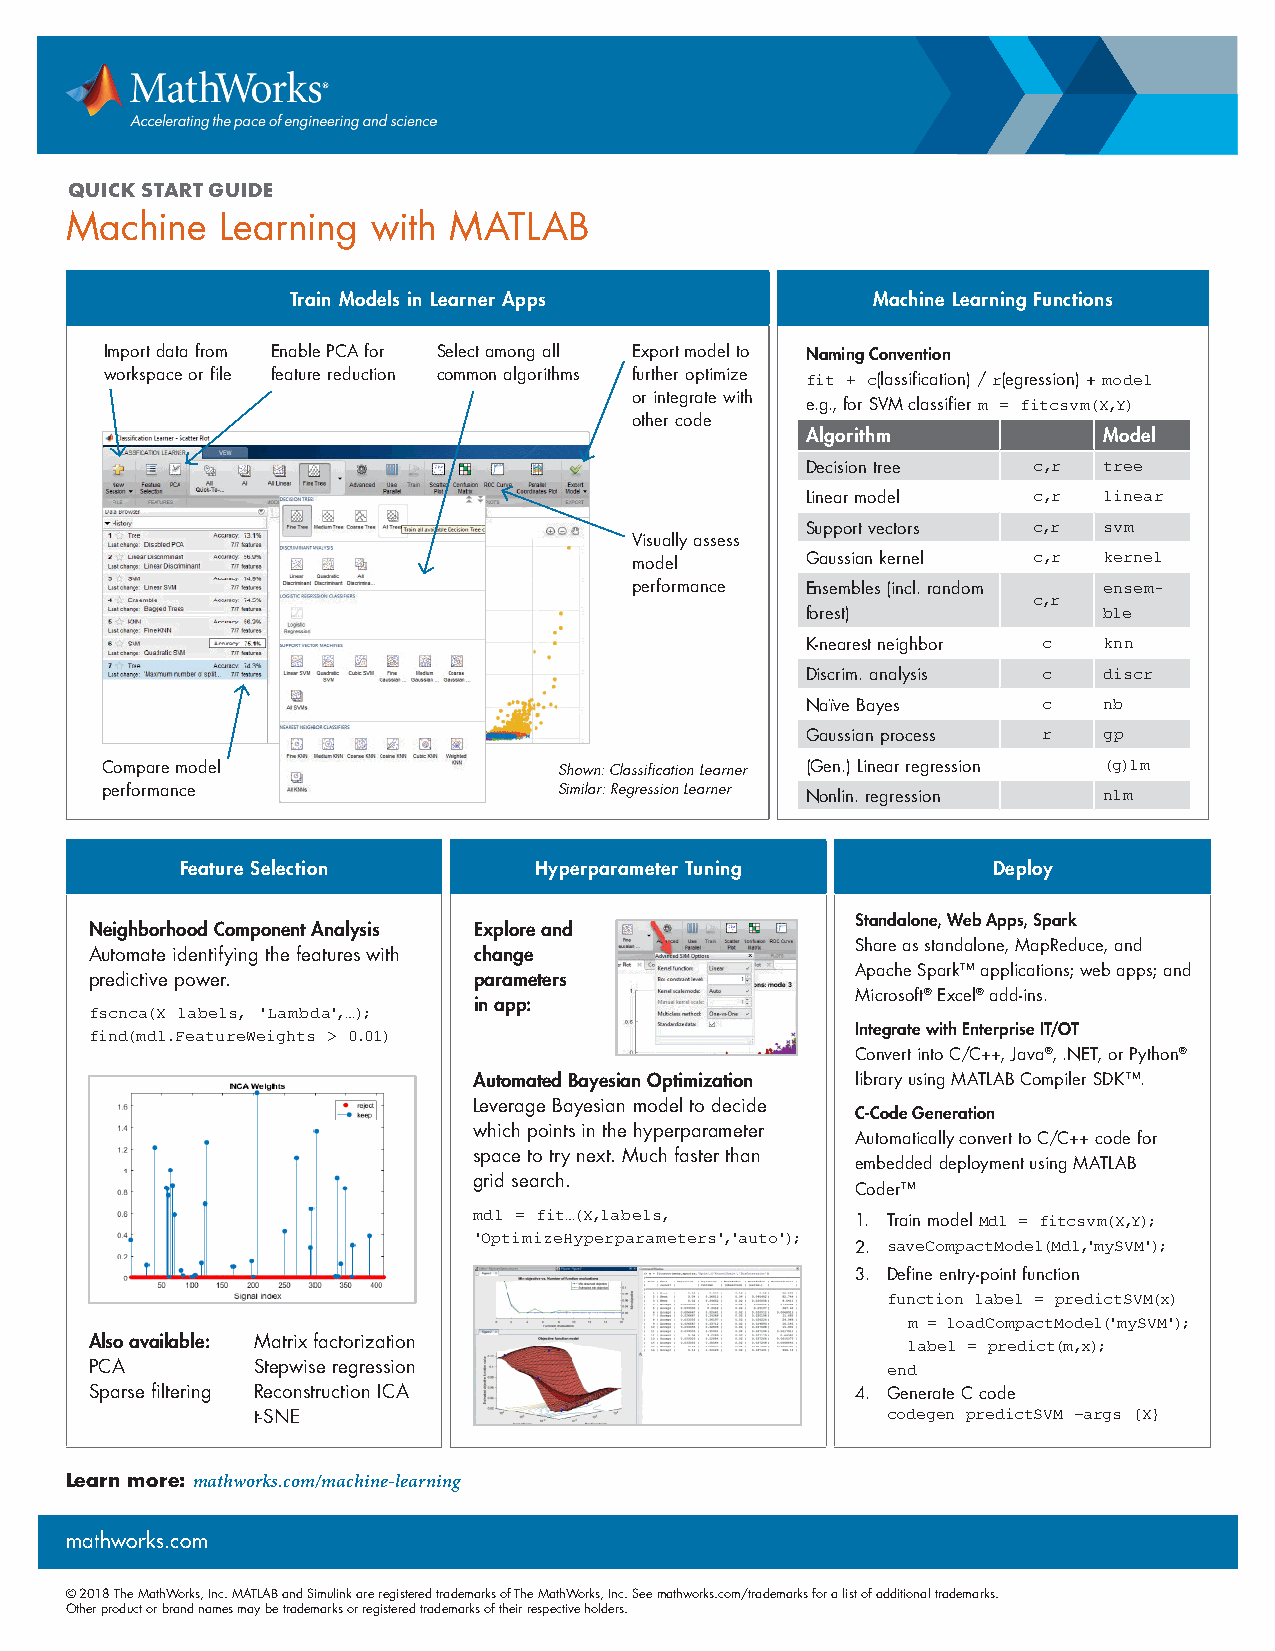
QUICK START GUIDE
 Machine    Learning  with MATLAB
 Train Models in Learner Apps           Machine Learning Functions
 Import data from Enable PCA for Select among all Export model to Naming Convention
 workspace or file feature reduction common algorithms further optimize (lassification) / (egression) +
 fit + c      r      model
 or integrate with
 e.g., for SVM classifier
 m = fitcsvm(X,Y)
 other code
 Algorithm           Model
 Decision tree  c,r  tree
 Linear model   c,r  linear
 Support vectors c,r svm
 Visually assess
 model      Gaussian kernel c,r kernel
 performance Ensembles (incl. random ensem-
 c,r
 forest)             ble
 K-nearest neighbor c knn
 Discrim. analysis c discr
 Naïve Bayes     c   nb
 Gaussian process r  gp
 Compare model                 Shown: Classification Learner (Gen.) Linear regression (g)lm
 performance                   Similar: Regression Learner
 Nonlin. regression  nlm
 Feature Selection      Hyperparameter Tuning          Deploy
 Standalone, Web Apps, Spark
 Neighborhood Component Analysis Explore and
 Share as standalone, MapReduce, and
 Automate identifying the features with change
 Apache Spark™ applications; web apps; and
 predictive power.        parameters
 Microsoft® Excel® add-ins.
 in app:
 fscnca(X labels, 'Lambda',…);
 Integrate with Enterprise IT/OT
 find(mdl.FeatureWeights > 0.01)
 Convert into C/C++, Java®, .NET, or Python®
 Automated Bayesian Optimization library using MATLAB Compiler SDK™.
 Leverage Bayesian model to decide
 C-Code Generation
 which points in the hyperparameter
 Automatically convert to C/C++ code for
 space to try next. Much faster than
 embedded deployment using MATLAB
 grid search.
 Coder™
 mdl = fit…(X,labels,      1. Train model Mdl = fitcsvm(X,Y);
 'OptimizeHyperparameters','auto'); 2. saveCompactModel(Mdl,'mySVM');
 3. Define entry-point function
 function label = predictSVM(x)
 m = loadCompactModel('mySVM');
 Also available: Matrix factorization
 label = predict(m,x);
 PCA        Stepwise regression
 end
 Sparse filtering Reconstruction ICA                4. Generate C code
 t-SNE                                     codegen predictSVM –args {X}
 Learn more: mathworks.com/machine-learning
 mathworks.com
 © 2018 The MathWorks, Inc. MATLAB and Simulink are registered trademarks of The MathWorks, Inc. See mathworks.com/trademarks for a list of additional trademarks.
 Other product or brand names may be trademarks or registered trademarks of their respective holders.